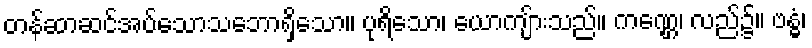
တန်ဆာဆင်အပ်သောသဘောရှိသော။ ပုရိသော၊ ယောကျ်ားသည်။ ကဏ္ဌေ၊ လည်၌။ ဗန္ဓံ၊